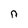
Character: n